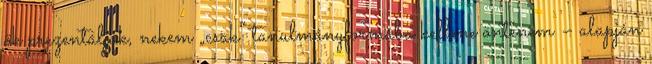
ők prezentálják, nekem „csak” ta­nul­mány­­formába kellene öntenem – alapján